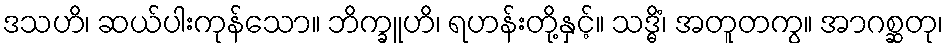
ဒသဟိ၊ ဆယ်ပါးကုန်သော။ ဘိက္ခူဟိ၊ ရဟန်းတို့နှင့်။ သဒ္ဓိံ၊ အတူတကွ။ အာဂစ္ဆတု၊